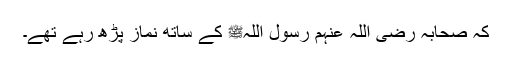
کہ صحابہ رضی اللہ عنہم رسول اللہﷺ کے ساتھ نماز پڑھ رہے تھے۔